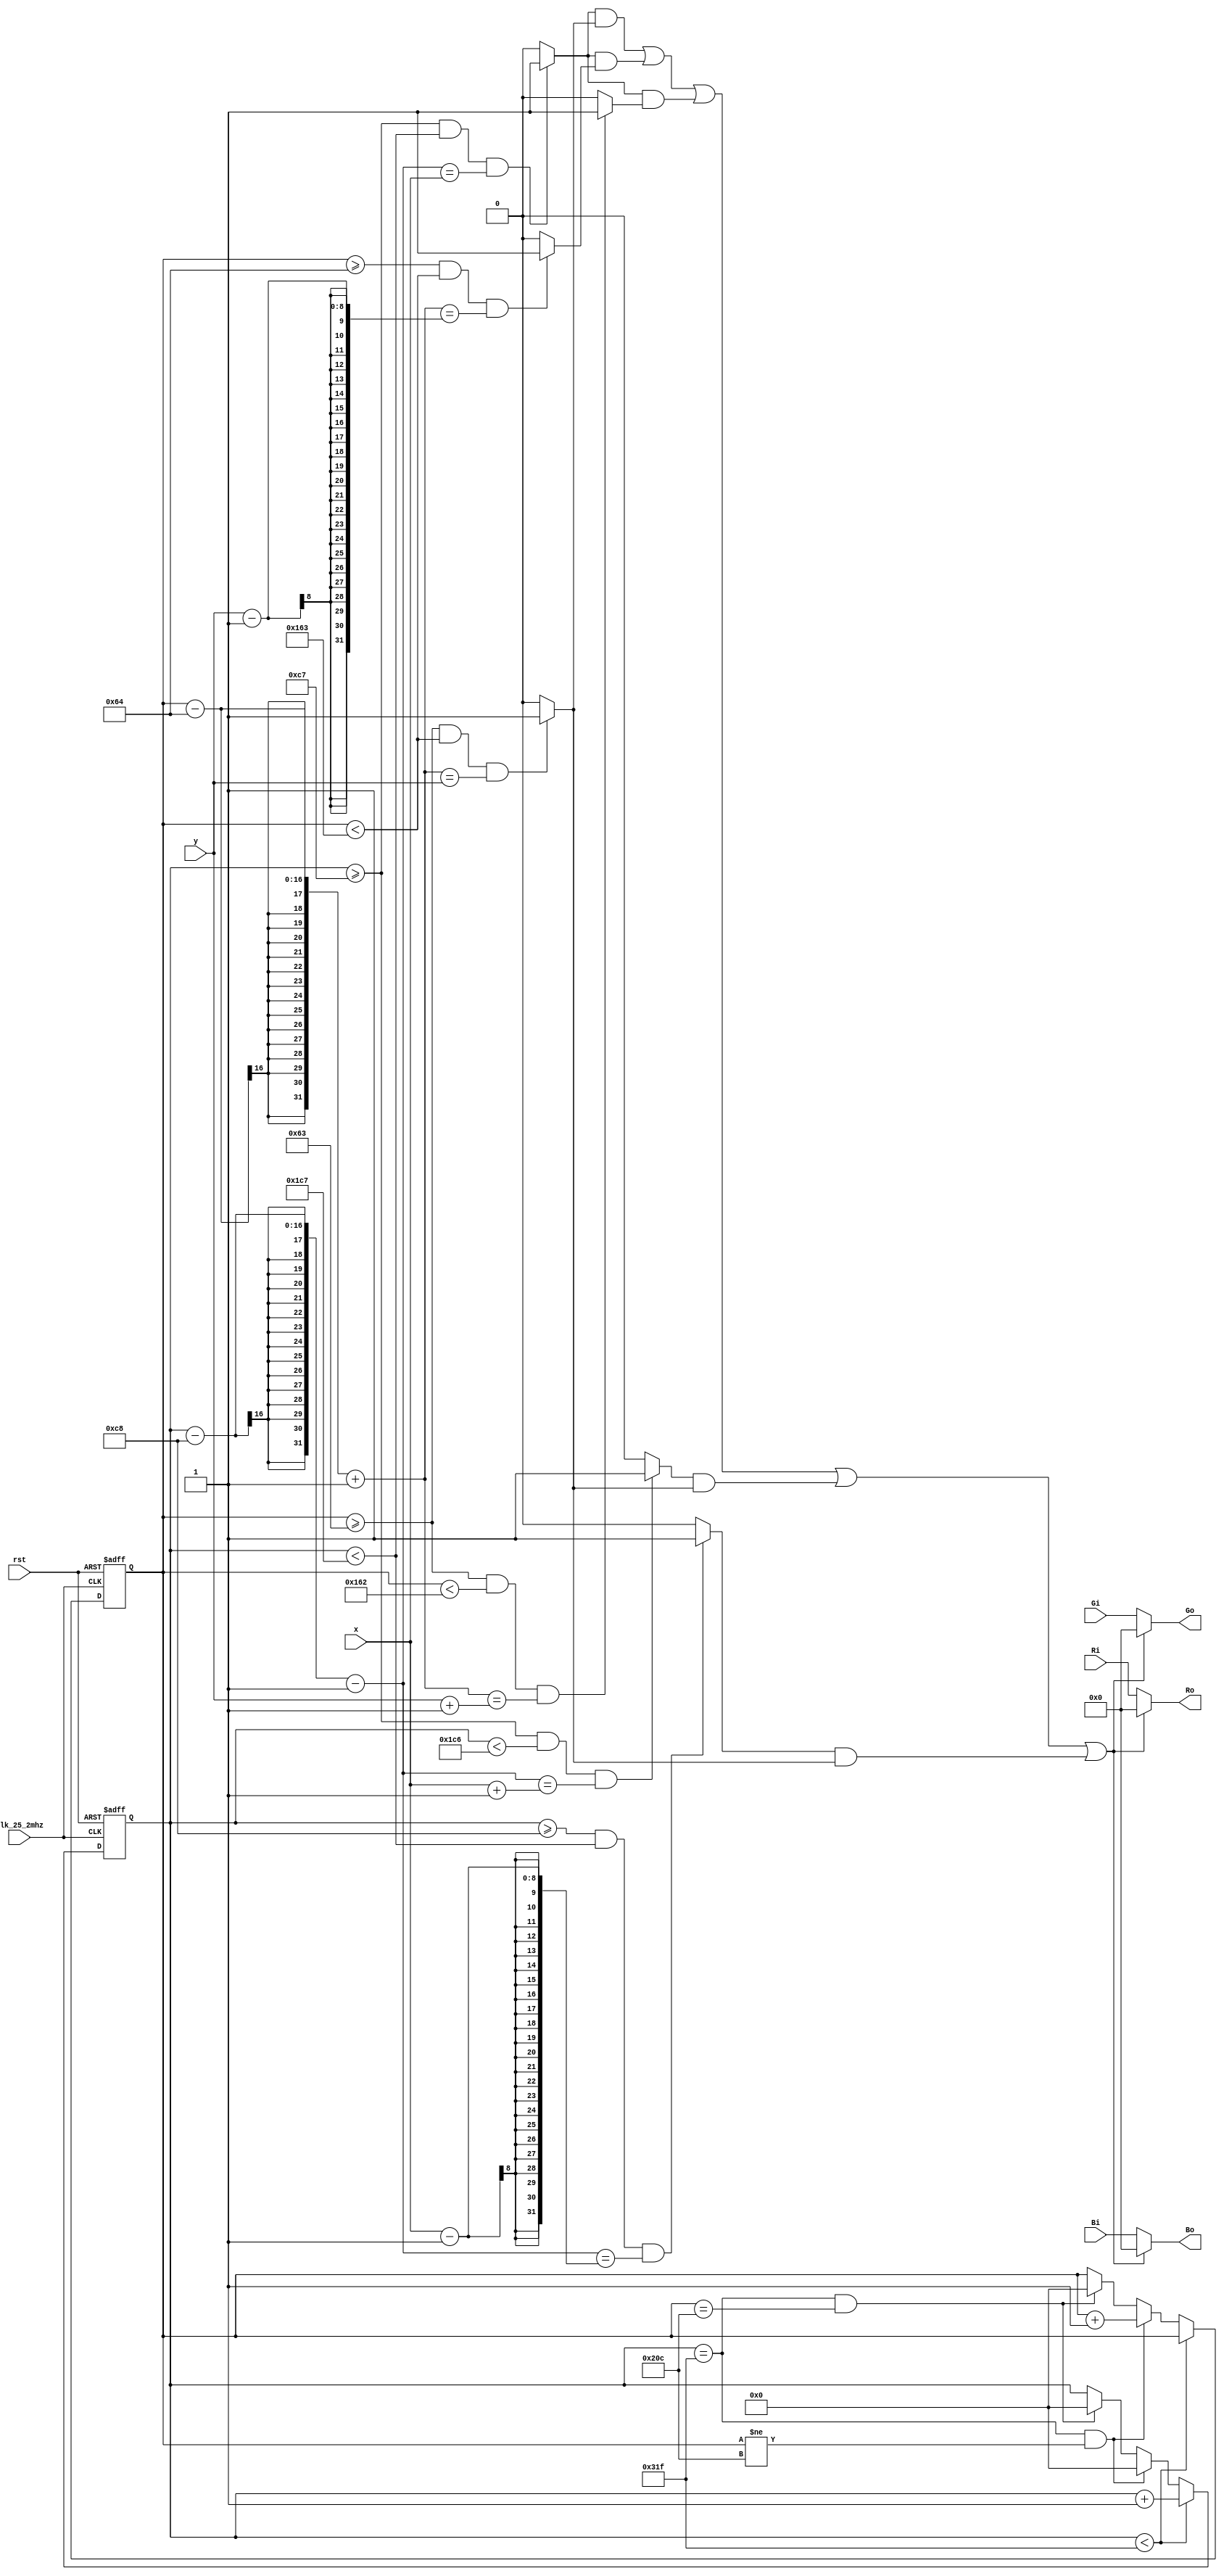
`timescale 1ns / 1ps
//////////////////////////////////////////////////////////////////////////////////
// Company: 
// Engineer: 
// 
// Design Name: 
// Module Name: mask
// Project Name: 
// Target Devices: 
// Tool Versions: 
// Description: 
// 
// Dependencies: 
// 
// Revision:
// Revision 0.01 - File Created
// Additional Comments:
// 
//////////////////////////////////////////////////////////////////////////////////


module mask(
    input clk_25_2mhz,rst,
    input [3:0]Ri,Gi,Bi,
    input [7:0]x,y,
    output [3:0]Ro,Go,Bo
    );
    reg [15:0]line,row;
    
    wire is_arrow_x,is_arrow_y,is_arrow;
    wire is_arrow_u_x,is_arrow_u_y,is_arrow_u;
    wire is_arrow_d_x,is_arrow_d_y,is_arrow_d;
    wire is_arrow_l_x,is_arrow_l_y,is_arrow_l;
    wire is_arrow_r_x,is_arrow_r_y,is_arrow_r;
    wire is_mask;
    
    
    
    parameter LINE1=200;
    parameter LINE2=456;
    parameter LINE3=640;
    parameter LINE4=656;
    parameter LINE5=752;
    parameter LINE6=800;
      
    parameter ROW1=100;
    parameter ROW2=356;
    parameter ROW3=480;
    parameter ROW4=490;
    parameter ROW5=492;
    parameter ROW6=525;
    
    ///
    assign is_arrow_x = ((line>=LINE1-1) && (line<LINE2-1) && (line-LINE1-1 == x)) ? 1:0; 
    assign is_arrow_y = ((row>=ROW1-1) && (row<ROW2-1) && (row-ROW1+1 == y)) ? 1:0;
    assign is_arrow = is_arrow_x & is_arrow_y;
    ///
    
    ///
    assign is_arrow_u_x = ((line>=LINE1-1) && (line<LINE2-1) && (line-LINE1-1 == x)) ? 1:0; 
    assign is_arrow_u_y = ((row>=ROW1) && (row<ROW2-1) && (row-ROW1+1 == y-1)) ? 1:0;
    assign is_arrow_u = is_arrow_u_x & is_arrow_u_y;
    ///
    
    ///
    assign is_arrow_d_x = ((line>=LINE1-1) && (line<LINE2-1) && (line-LINE1-1 == x)) ? 1:0; 
    assign is_arrow_d_y = ((row>=ROW1-1) && (row<ROW2-2) && (row-ROW1+1 == y+1)) ? 1:0;
    assign is_arrow_d = is_arrow_d_x & is_arrow_d_y;
    ///
    
    ///
    assign is_arrow_l_x = ((line>=LINE1) && (line<LINE2-1) && (line-LINE1-1 == x-1)) ? 1:0; 
    assign is_arrow_l_y = ((row>=ROW1-1) && (row<ROW2-1) && (row-ROW1+1 == y)) ? 1:0;
    assign is_arrow_l = is_arrow_l_x & is_arrow_l_y;
    ///
    
    ///
    assign is_arrow_r_x = ((line>=LINE1-1) && (line<LINE2-2) && (line-LINE1-1 == x+1)) ? 1:0; 
    assign is_arrow_r_y = ((row>=ROW1-1) && (row<ROW2-1) && (row-ROW1+1 == y)) ? 1:0;
    assign is_arrow_r = is_arrow_r_x & is_arrow_r_y;
    ///
    
    assign is_mask = is_arrow | is_arrow_u | is_arrow_d | is_arrow_r | is_arrow_l;
    
    ///
    assign Ro = is_mask ? 4'b0000 : Ri;
    assign Go = is_mask ? 4'b0000 : Gi;
    assign Bo = is_mask ? 4'b0000 : Bi;
    ///
    
    always @ (posedge clk_25_2mhz or posedge rst)
    begin
        if (rst)
        begin
            line<=0;//1040-1
            row<=0;//666-1
        end
        else
        begin
            if (line<LINE6-1)
            begin
                line<=line+1;
                row<=row;
            end
            else if(line==LINE6-1 && row!=ROW6-1)
            begin
                line<=0;
                row<=row+1;
            end 
            else if(line==LINE6-1 && row==ROW6-1)
            begin
                line<=0;
                row<=0;
            end 
        end
    end
endmodule